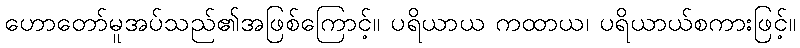
ဟောတော်မူအပ်သည်၏အဖြစ်ကြောင့်။ ပရိယာယ ကထာယ၊ ပရိယာယ်စကားဖြင့်။